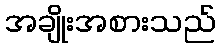
အချိုးအစားသည်